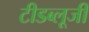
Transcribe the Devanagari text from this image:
टीडब्लूजी